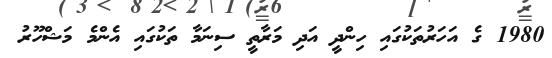
1980 ގެ އަހަރުތަކުގައި ހިންދީ އަދި މަރާތީ ސިނަމާ ތަކުގައި އެންމެ މަޝްހޫރު